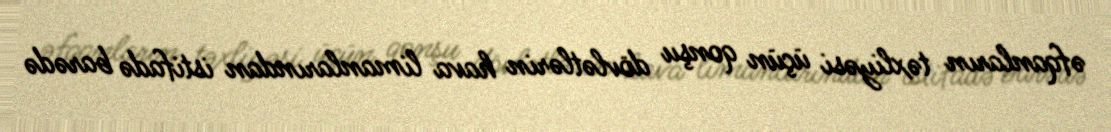
əfqanların təxliyəsi üçün qonşu dövlətlərin hava limanlarından istifadə barədə